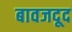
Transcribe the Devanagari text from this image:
बावजदूद